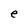
Character: e